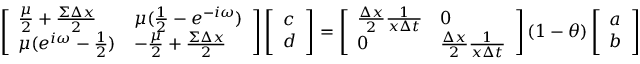
\left[ \begin{array} { l l } { \frac { \mu } { 2 } + \frac { \Sigma \Delta x } { 2 } } & { \mu ( \frac { 1 } { 2 } - e ^ { - i \omega } ) } \\ { \mu ( e ^ { i \omega } - \frac { 1 } { 2 } ) } & { - \frac { \mu } { 2 } + \frac { \Sigma \Delta x } { 2 } } \end{array} \right] \left[ \begin{array} { l } { c } \\ { d } \end{array} \right] = \left[ \begin{array} { l l } { \frac { \Delta x } { 2 } \frac { 1 } { x \Delta t } } & { 0 } \\ { 0 } & { \frac { \Delta x } { 2 } \frac { 1 } { x \Delta t } } \end{array} \right] ( 1 - \theta ) \left[ \begin{array} { l } { a } \\ { b } \end{array} \right]